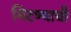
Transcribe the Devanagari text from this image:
मिटण्याची